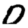
Digit: 0